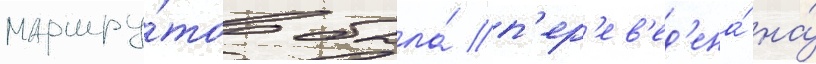
маршру́тов была́ п'ер'ев'ед'ена́ на́